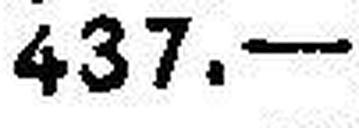
437.—